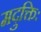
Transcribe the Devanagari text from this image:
मदुक्तिः